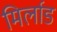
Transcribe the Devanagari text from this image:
मिर्लाड